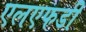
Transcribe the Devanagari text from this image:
एलएफडी